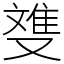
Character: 﨎